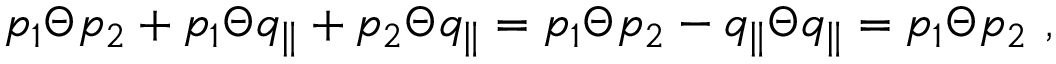
p _ { 1 } \Theta p _ { 2 } + p _ { 1 } \Theta q _ { \parallel } + p _ { 2 } \Theta q _ { \parallel } = p _ { 1 } \Theta p _ { 2 } - q _ { \parallel } \Theta q _ { \parallel } = p _ { 1 } \Theta p _ { 2 } ~ ,